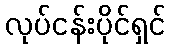
လုပ်ငန်းပိုင်ရှင်